Lyperosia minuta, Bezzi - Number 59
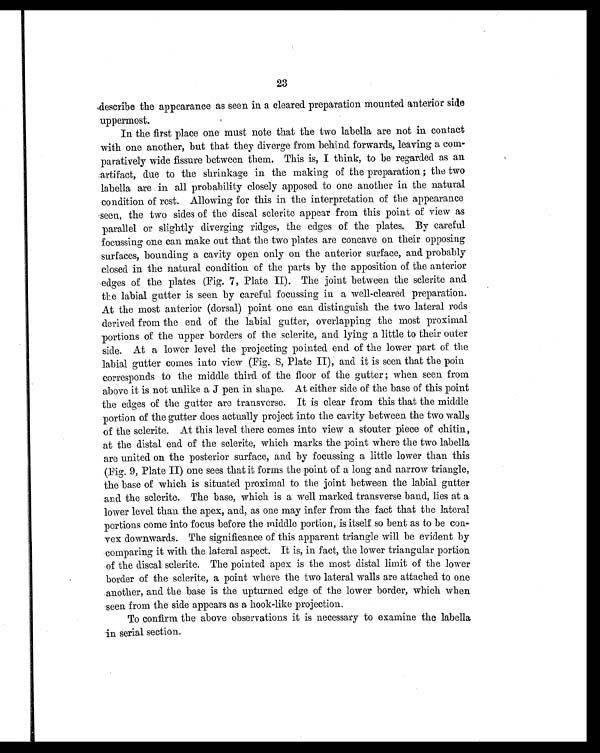
23
describe the appearance as seen in a cleared preparation mounted anterior side
uppermost.
In the first place one must note that the two labella are not in contact
with one another, but that they diverge from behind forwards, leaving a com
- p a r a t i v e l y w i d e f i s s u r e b e t w e e n t h e m . T h i s i s , I t h i n k , t o b e r e g a r d e d a s a n
a r t i f a c t , d u e t o t h e s h r i n k a g e i n t h e m a k i n g o f t h e p r e p a r a t i o n ; t h e t w o
l abel l a are i n al l probabi l i ty cl osel y apposed to one another i n the natural
condition of rest. Allowing for this in the interpretation of the appearance
seen, the two sides of the distal sclerite appear from this point of view as
parallel or slightly diverging ridges, the edges of the plates. By careful
focussing one can make out that the two plates are concave on their opposing
surfaces, bounding a cavity open only on the anterior surface, and probably
closed in the natural condition of the parts by the apposition of the anterior
edges of the plates (Fig. 7, Plate II). The joint between the sclerite and
the labial gutter is seen by careful focussing in a well-cleared preparation.
At the most anterior (dorsal) point one can distinguish the two lateral rods
derived from the end of the labial gutter, overlapping the most proximal
portions of the upper borders of the sclerite, and lying a little to their outer
side. At a lower level the projecting pointed end of the lower part of the
labial gutter comes into view (Fig. 8, Plate II), and it is seen that the poin
corresponds to the middle third of the floor of the gutter ; when seen from
above it is not unlike a J pen in shape. At either side of the base of this point
the edges of the gutter are transverse. It is clear from this that the middle
portion of the gutter does actually project into the cavity between the two walls
of the sclerite. At this level there comes into view a stouter piece of chitin,
at the distal end of the sclerite, which marks the point where the two labella
are united on the posterior surface, and by focussing a little lower than this
(Fig. 9, Plate II) one sees that it forms the point of a long and narrow triangle,
the base of which is situated proximal to the joint between the labial gutter
and the sclerite. The base, which is a well marked transverse band, lies at a
lower level than the apex, and, as one may infer from the fact that the lateral
portions come into focus before the middle portion, is itself so bent as to be con
- v e x d o w n w a r d s . T h e s i g n i f i c a n c e o f t h i s a p p a r e n t t r i a n g l e w i l l b e e v i d e n t b y
comparing it with the lateral aspect. It is, in fact, the lower triangular portion
of the distal sclerite. The pointed apex is the most distal limit of the lower
border of the sclerite, a point where the two lateral walls are attached to one
another, and the base is the upturned edge of the lower border, which when
seen f rom t he si de appears as a hook-l i ke proj ect i on.
To confirm the above observations it is necessary to examine the labella
in serial section.